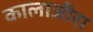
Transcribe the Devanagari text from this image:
कालाजीरा